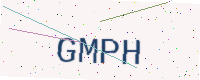
Text: GMPH